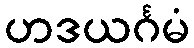
ဟဒယင်္ဂမံ